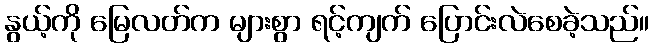
နွယ့်ကို မြေလတ်က များစွာ ရင့်ကျက် ပြောင်းလဲစေခဲ့သည်။